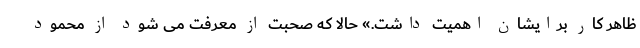
ظاهر کار برایشان اهمیت داشت.» حالا که صحبت از معرفت می شود از محمود